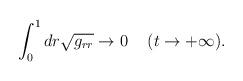
LaTeX: \begin{align*}\int_0^1dr\sqrt{g_{rr}} \to 0\hspace{5mm} (t\to +\infty).\end{align*}